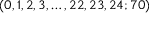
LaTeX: ( 0 , 1 , 2 , 3 , \dots , 2 2 , 2 3 , 2 4 ; 7 0 )